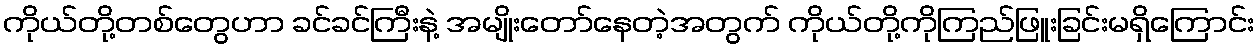
ကိုယ်တို့တစ်တွေဟာ ခင်ခင်ကြီးနဲ့ အမျိုးတော်နေတဲ့အတွက် ကိုယ်တို့ကိုကြည်ဖြူးခြင်းမရှိကြောင်း